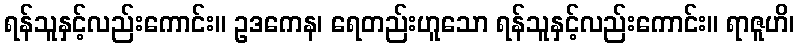
ရန်သူနှင့်လည်းကောင်း။ ဥဒကေန၊ ရေတည်းဟူသော ရန်သူနှင့်လည်းကောင်း။ ရာဇူဟိ၊